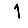
Digit: 1